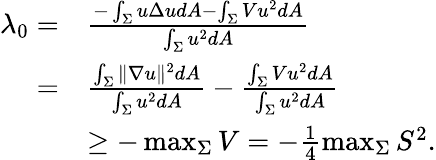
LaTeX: \begin{array}{rl}{\lambda_{0}=}&{\frac{-\int_{\Sigma}u\Delta udA-\int_{\Sigma}Vu^{2}dA}{\int_{\Sigma}u^{2}dA}}\\ {=}&{\frac{\int_{\Sigma}\Vert\nabla u\Vert^{2}dA}{\int_{\Sigma}u^{2}dA}-\frac{\int_{\Sigma}Vu^{2}dA}{\int_{\Sigma}u^{2}dA}}\\ &{\geq-\operatorname*{max}_{\Sigma}V=-\frac{1}{4}\operatorname*{max}_{\Sigma}S^{2}.}\end{array}